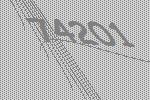
74201